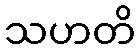
သဟတိ